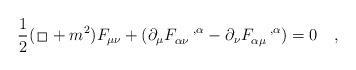
LaTeX: \begin{align*}{1\over 2} ({\,\lower0.9pt\vbox{\hrule\hbox{\vrule height 0.2 cm \hskip 0.2 cm \vrule height0.2cm}\hrule}\,}+m^2) F_{\mu\nu} +(\partial_{\mu}F_{\alpha\nu}^{\quad,\alpha} -\partial_{\nu}F_{\alpha\mu}^{\quad,\alpha}) = 0 \quad,\end{align*}